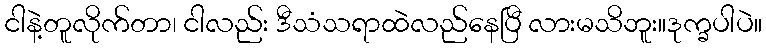
ငါနဲ့တူလိုက်တာ၊ ငါလည်း ဒီသံသရာထဲလည်နေပြီ လားမသိဘူး။ဒုက္ခပါပဲ။